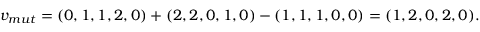
v _ { m u t } = ( 0 , 1 , 1 , 2 , 0 ) + ( 2 , 2 , 0 , 1 , 0 ) - ( 1 , 1 , 1 , 0 , 0 ) = ( 1 , 2 , 0 , 2 , 0 ) .